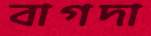
বাগদা